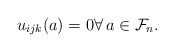
\begin{gather*} u_{ijk}(a)=0\forall\, a \in \mathcal{F}_n . \end{gather*}